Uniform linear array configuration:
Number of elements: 32
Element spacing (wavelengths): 0.25
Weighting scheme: blackman
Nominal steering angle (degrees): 60
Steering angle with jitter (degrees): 59.915
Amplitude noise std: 0.05
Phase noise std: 0.05

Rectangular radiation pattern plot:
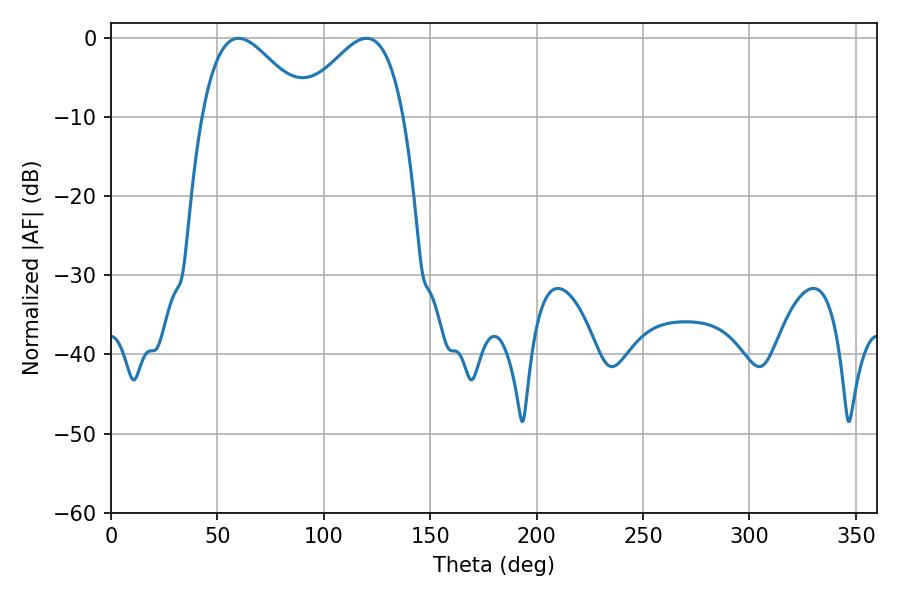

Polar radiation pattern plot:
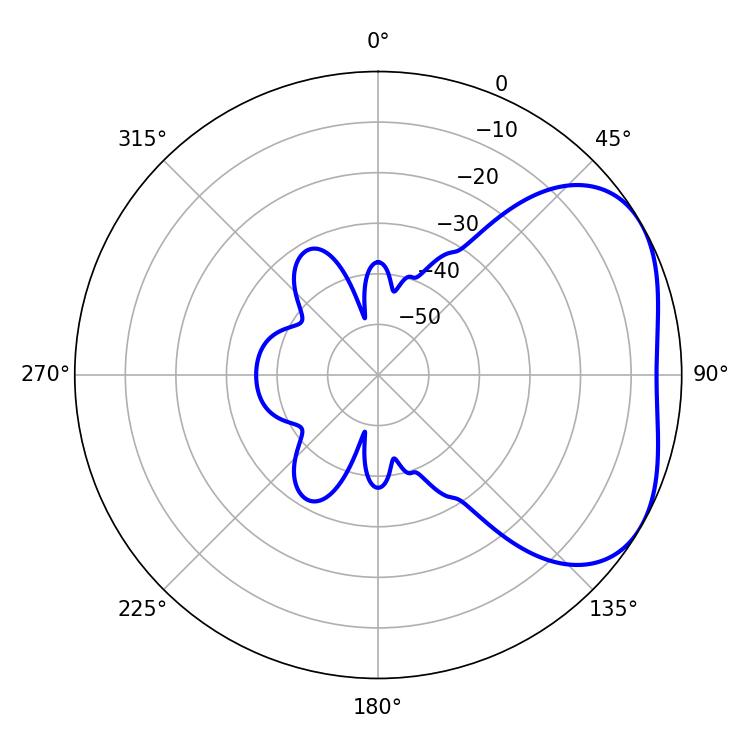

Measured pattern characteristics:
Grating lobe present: FALSE
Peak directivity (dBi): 3.554
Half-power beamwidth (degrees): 26.46
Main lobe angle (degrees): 59.94